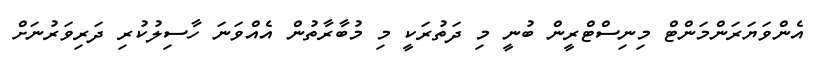
އެންވަޔަރަންމަންޓް މިނިސްޓްރީން ބުނީ މި ދަތުރަކީ މި މުބާރާތުން އެއްވަނަ ހާސިލުކުރި ދަރިވަރުނަށް